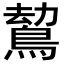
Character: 𪁍